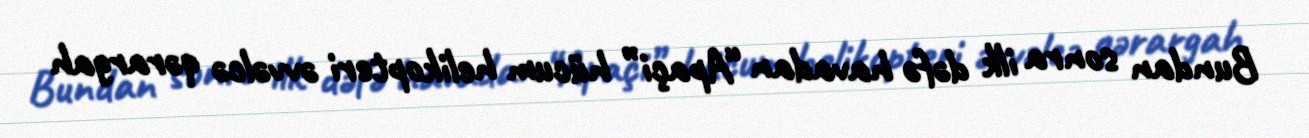
Bundan sonra ilk dəfə havadan “Apaçi” hücum helikopteri əvvəlcə qərargah